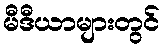
မီဒီယာများတွင်